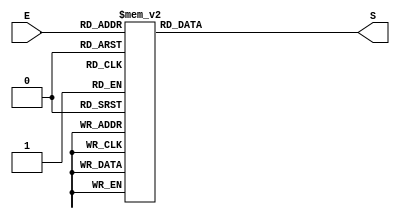
/// converte de binrio para hexadecimal
module bcdDecoder(input[3:0] E, output reg[0:6] S);

	always @(*)
		case(E)
			4'b0000 : S=7'b0000001; // 0 em binrio, no acende led 'g'
			4'b0001 : S=7'b1001111;
			4'b0010 : S=7'b0010010;
			4'b0011 : S=7'b0000110;
			4'b0100 : S=7'b1001100;
			4'b0101 : S=7'b0100100;
			4'b0110 : S=7'b0100000;
			4'b0111 : S=7'b0001101;
			4'b1000 : S=7'b0000000;
			4'b1001 : S=7'b0000100; 
			//default : S=7'b1111111; //padro, todos leds apagados
			4'd10	  : S=7'b0001000; // A
			4'd11	  : S=7'b1100000;	// B
			4'd12	  : S=7'b0110001;	// C
			4'd13	  : S=7'b1000010;	// D
			4'd14	  : S=7'b0110000; // E
			4'd15	  : S=7'b0111000;	// F
		endcase
		
 
endmodule